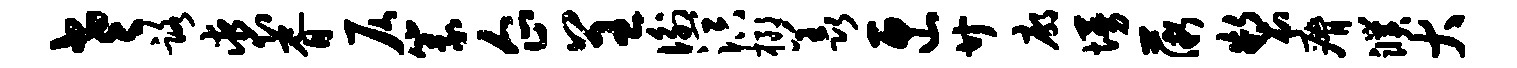
老路裘胥仄篆企呈衡溟榔羡匣廿廓墁薇制瘠濮大